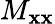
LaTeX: M_{\mathbf{x}\mathbf{x}}